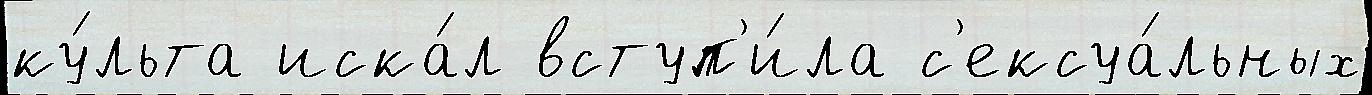
ку́льта иска́л вступ'и́ла с'ексуа́льных